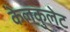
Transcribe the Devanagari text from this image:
केलकुलेट